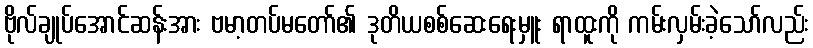
ဗိုလ်ချုပ်အောင်ဆန်းအား ဗမာ့တပ်မတော်၏ ဒုတိယစစ်ဆေးရေးမှူး ရာထူးကို ကမ်းလှမ်းခဲ့သော်လည်း